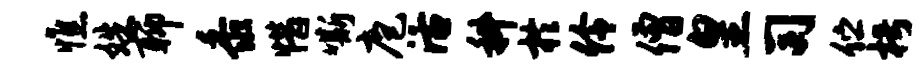
憔姝聊黍惜嘶庖活科於伶僧皇司伫枵